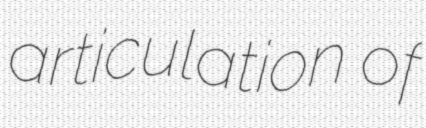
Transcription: articulation of